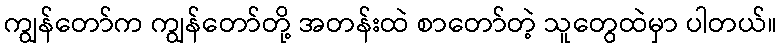
ကျွန်တော်က ကျွန်တော်တို့ အတန်းထဲ စာတော်တဲ့ သူတွေထဲမှာ ပါတယ်။